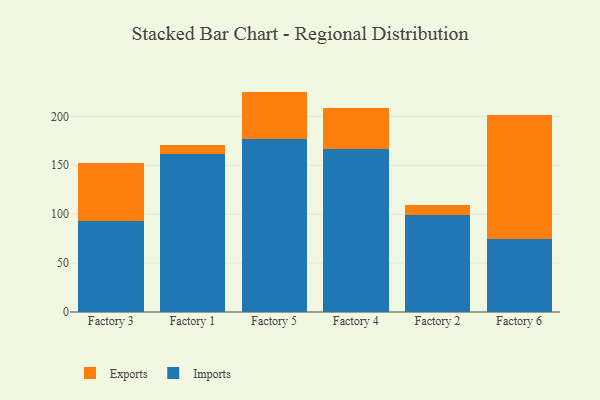
{"axis": {"x": "Factory", "y": "Active Users"}, "legend": ["Exports", "Imports"], "data": [{"x": "Factory 3", "y": 93.4, "type": "Imports"}, {"x": "Factory 3", "y": 58.8, "type": "Exports"}, {"x": "Factory 1", "y": 161.4, "type": "Imports"}, {"x": "Factory 1", "y": 9.5, "type": "Exports"}, {"x": "Factory 5", "y": 176.7, "type": "Imports"}, {"x": "Factory 5", "y": 48.6, "type": "Exports"}, {"x": "Factory 4", "y": 166.4, "type": "Imports"}, {"x": "Factory 4", "y": 41.9, "type": "Exports"}, {"x": "Factory 2", "y": 99.6, "type": "Imports"}, {"x": "Factory 2", "y": 10.1, "type": "Exports"}, {"x": "Factory 6", "y": 74.6, "type": "Imports"}, {"x": "Factory 6", "y": 126.9, "type": "Exports"}]}